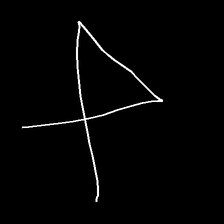
Glyph: collection